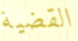
القضية